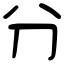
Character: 分